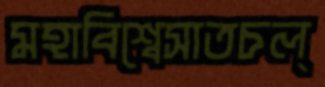
মহাবিশ্বেসাতচল্